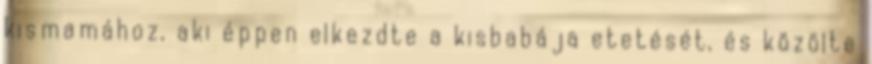
kismamához, aki éppen elkezdte a kisbabája etetését, és közölte